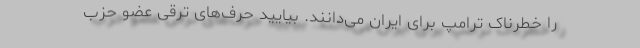
را خطرناک ترامپ برای ایران می‌دانند. بیایید حرف‌های ترقی عضو حزب